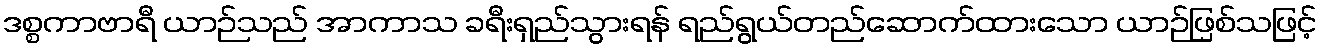
ဒစ္စကာဗာရီ ယာဉ်သည် အာကာသ ခရီးရှည်သွားရန် ရည်ရွယ်တည်ဆောက်ထားသော ယာဉ်ဖြစ်သဖြင့်